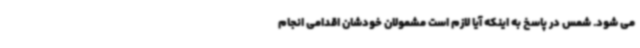
می شود. شمس در پاسخ به اینکه آیا لازم است مشمولان خودشان اقدامی انجام